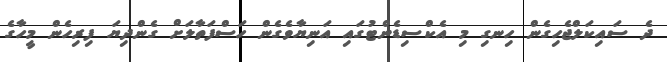
ދެ ސައިކަލްޖެހިގެން ހިނގި މި އެކްސިޑެންޓުގައި އަނިޔާވެގެން ހަސްފަތާލަށް ގެންދިޔަ ފިރިހެން މީހާގެ